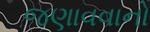
જણાવવાનો